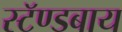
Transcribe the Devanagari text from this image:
स्टॅण्डबाय